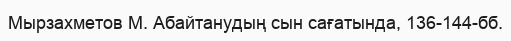
Мырзахметов М. Абайтанудың сын сағатында, 136-144-бб.